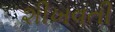
શીખવતી